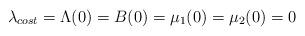
LaTeX: \begin{align*}\lambda_{cost} =\Lambda(0)=B(0)=\mu_1(0)=\mu_2(0)=0\end{align*}